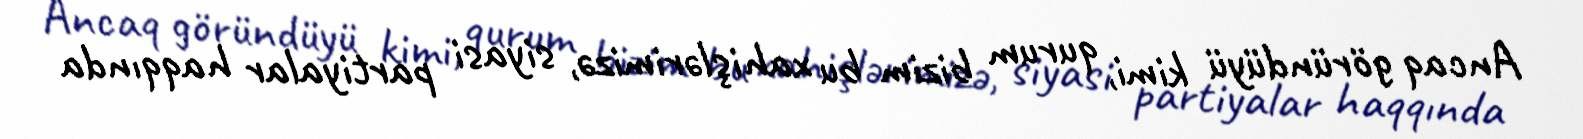
Ancaq göründüyü kimi, qurum bizim bu xahişlərimizə, siyasi partiyalar haqqında